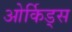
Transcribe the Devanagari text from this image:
ओर्किड्स